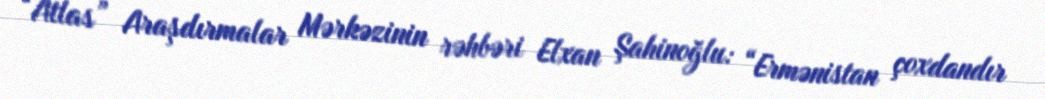
“Atlas” Araşdırmalar Mərkəzinin rəhbəri Elxan Şahinoğlu: “Ermənistan çoxdandır